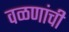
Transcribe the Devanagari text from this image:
वळणांची